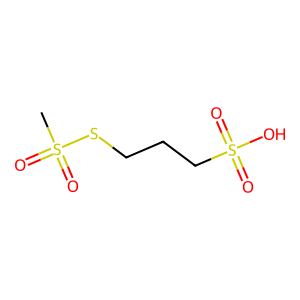
SMILES: CS(=O)(=O)SCCCS(=O)(=O)O
Inhibits HIV replication: No